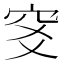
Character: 𥤹